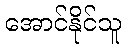
အောင်နိုင်သူ